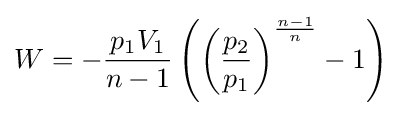
W=-{\frac {p_{1}V_{1}}{n-1}}\left(\left({\frac {p_{2}}{p_{1}}}\right)^{\frac {n-1}{n}}-1\right)